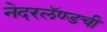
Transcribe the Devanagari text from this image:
नेदरलॅण्डची